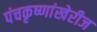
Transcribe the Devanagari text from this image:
पंचकृष्णांखेरीज